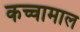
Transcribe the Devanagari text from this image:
कच्चामाल